Indian journal of veterinary science and animal husbandry - Volume 13,
Year: 1943
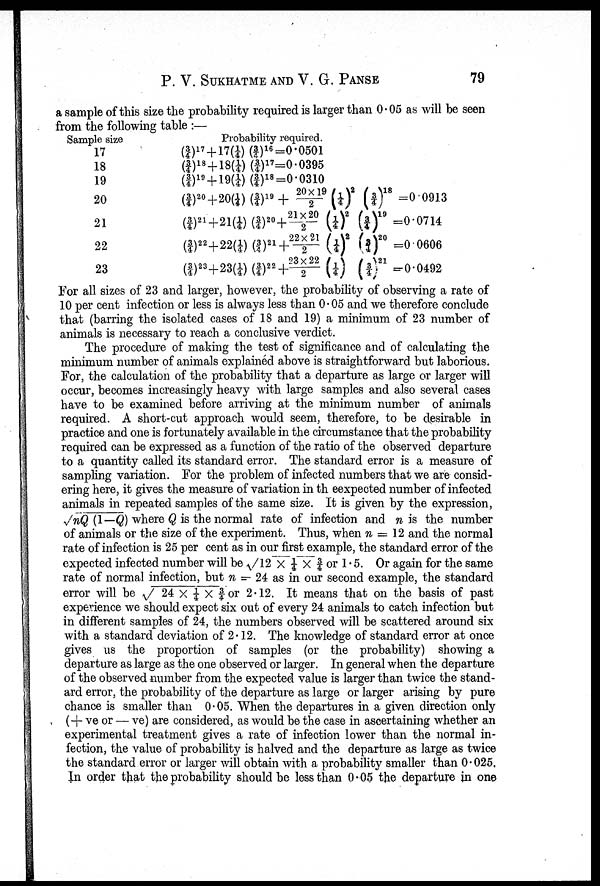
P. V. SUKHATME AND V. G.
PANSE
79
a sample of this size the probability required is larger than 0.05 as will be seen
from the following table :—
Sample size
17
18
19
20
21
22
23
Probability required.
(¾) 17 + 17(¼) (¾) 16 = 0.0501
(¾) 18 + 18(¼) (¾) 17 = 0.0395
(¾) 19 + 19(¼) (¾) 18 = 0.0310
(¾) 20 + 20(¼) (¾) 19 + 20×19/2 (¼) 2 (¾) 18 =0.0913
(¾) 21 + 21(¼) (¾) 20 + 21×20/2 (¼) 2 (¾) 19 =0.0714
(¾) 22 + 22(¼) (¾) 21 + 22×21/2 (¼) 2 (¾) 20 =0.0606
(¾) 23 + 23(¼) (¾) 22 + 23×22/2 (¼) (¾) 21 =0.0492
For all sizes of 23 and larger, however, the probability of observing a rate of
10 per cent infection or less is always less than 0.05 and we therefore conclude
that (barring the isolated cases of 18 and 19) a minimum of 23 number of
animals is necessary to reach a conclusive verdict.
The procedure of making the test of significance and of calculating the
minimum number of animals explained above is straightforward but laborious.
For, the calculation of the probability that a departure as large or larger will
occur, becomes increasingly heavy with large samples and also several cases
have to be examined before arriving at the minimum number of animals
required. A short-cut approach would seem, therefore, to be desirable in
practice and one is fortunately available in the circumstance that the probability
required can be expressed as a function of the ratio of the observed departure
to a quantity called its standard error. The standard error is a measure of
sampling variation. For the problem of infected numbers that we are consid-
ering here, it gives the measure of variation in th eexpected number of infected
animals in repeated samples of the same size. It is given by the expression,
√nQ (1—Q) where Q is the normal rate of infection and n is the number
of animals or the size of the experiment. Thus, when n = 12 and the normal
rate of infection is 25 per cent as in our first example, the standard error of the
expected infected number will be √12 × ¼ × ¾ or 1.5. Or again for the same
rate of normal infection, but n — 24 as in our second example, the standard
error will be √ 24 ×¼ × ¾ for 2.12. It means that on the basis of past
experience we should expect six out of every 24 animals to catch infection but
in different samples of 24, the numbers observed will be scattered around six
with a standard deviation of 2.12. The knowledge of standard error at once
gives us the proportion of samples (or the probability) showing a
departure as large as the one observed or larger. In general when the departure
of the observed number from the expected value is larger than twice the stand-
ard error, the probability of the departure as large or larger arising by pure
chance is smaller than 0.05. When the departures in a given direction only
(+ ve or — ve) are considered, as would be the case in ascertaining whether an
experimental treatment gives a rate of infection lower than the normal in-
fection, the value of probability is halved and the departure as large as twice
the standard error or larger will obtain with a probability smaller than 0.025.
In order that the probability should be less than 0.05 the departure in one